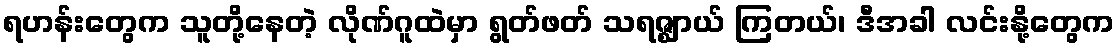
ရဟန်းတွေက သူတို့နေတဲ့ လိုဏ်ဂူထဲမှာ ရွတ်ဖတ် သရဇ္ဈာယ် ကြတယ်၊ ဒီအခါ လင်းနို့တွေက